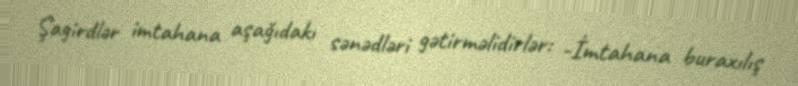
Şagirdlər imtahana aşağıdakı sənədləri gətirməlidirlər: -İmtahana buraxılış